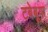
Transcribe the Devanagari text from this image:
टबेबूया